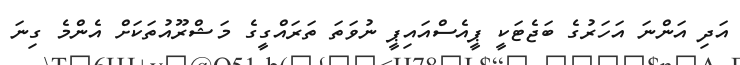
އަދި އަންނަ އަހަރުގެ ބަޖެޓަކީ ޕީއެސްއައިޕީ ނުވަތަ ތަރައްގީގެ މަޝްރޫއުތަކަށް އެންމެ ގިނަ